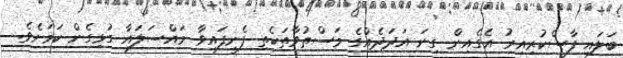
ބަލައި ފާސްކުރިއިރު އެގެއިން ގިނަ އަދަދެއްގެ މަސްތުވާތަކެތި ފެނިފައިވާ މައްސަލައާ ގުޅިގެން ކަމަށެވެ.